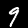
Digit: 9